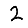
Digit: 2